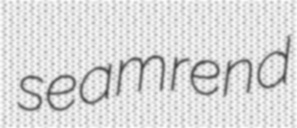
seamrend